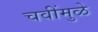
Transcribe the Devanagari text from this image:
चवींमुळे